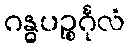
ဂန္ဓပဉ္စင်္ဂုလံ